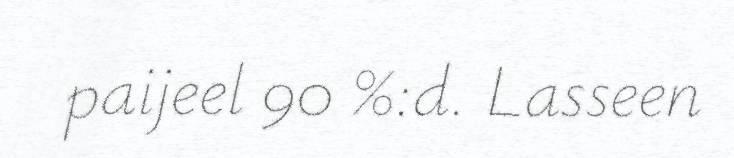
paijeel 90 %:d. Lasseen